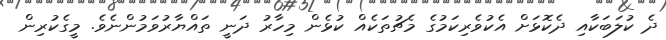
ދެ ކުލަބަކާއި ދެކޮޅަށް އެކުވެރިކަމުގެ މެޗުތަކެއް ކުޅެން މިހާރު ދަނީ ތައްޔާރުވަމުންނެވެ. މީގެކުރިން